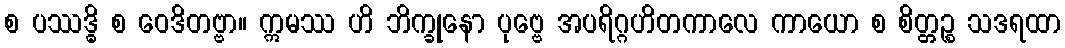
စ ပဿဒ္ဓိ စ ဝေဒိတဗ္ဗာ။ ဣမဿ ဟိ ဘိက္ခုနော ပုဗ္ဗေ အပရိဂ္ဂဟိတကာလေ ကာယော စ စိတ္တဉ္စ သဒရထာ